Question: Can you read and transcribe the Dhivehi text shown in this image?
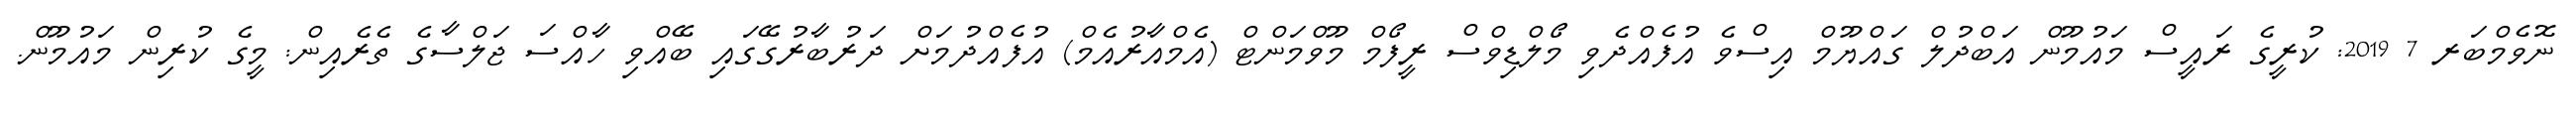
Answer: ނޮވެމްބަރ 7 2019: ކުރީގެ ރައީސް މައުމޫން އަބްދުލް ގައްޔޫމް އިސްވެ އުފެއްދެވި މޯލްޑިވްސް ރީފޯމް މޫވްމަންޓް (އެމްއާރުއެމް) އުފެއްދުމަށް ދަރުބާރުގޭގައި ބޭއްވި ހާއްސަ ޖަލްސާގެ ތެރެއިން: މީގެ ކުރިން މައުމޫން.